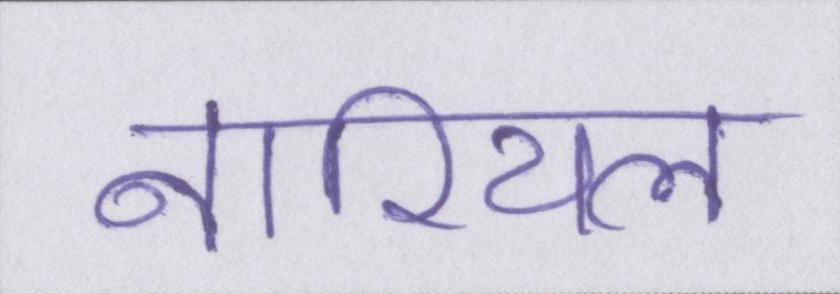
नारियल